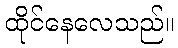
ထိုင်နေလေသည်။